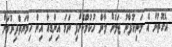
އެގޮތުން އެ މަނިކުފާނު ޖަލަށް ލާން ހުކުމްކޮށްފި ނަމަ އިންޑިއާ އިން ހިމާޔަތްދިނުމަށް